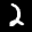
Label: 2